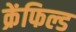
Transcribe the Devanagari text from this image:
क्रेंफिल्ड